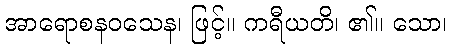
အာရောစနဝသေန၊ ဖြင့်။ ကရီယတိ၊ ၏။ သော၊